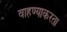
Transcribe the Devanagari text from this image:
वाहण्याकरता